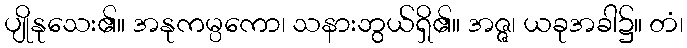
ပျိုနုသေး၏။ အနုကမ္ပကော၊ သနားဘွယ်ရှိ၏။ အဇ္ဇ၊ ယခုအခါ၌။ တံ၊